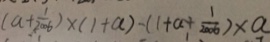
( a + \frac { 1 } { 2 0 0 6 } ) \times ( 1 + a ) - ( 1 + a + \frac { 1 } { 2 0 0 6 } ) \times a